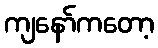
ကျနော်ကတော့